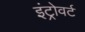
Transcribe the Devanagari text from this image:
इंट्रोवर्ट